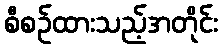
စီစဉ်ထားသည့်အတိုင်း